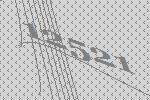
12521